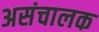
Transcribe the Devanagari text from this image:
असंचालक